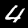
Label: 4